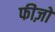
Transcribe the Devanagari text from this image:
फीज़ो